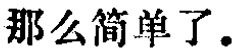
那么简单了.